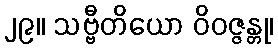
၂၉။ သဗ္ဗီတိယော ဝိဝဇ္ဇန္တု၊